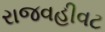
રાજવહીવટ